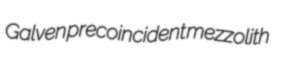
Galven precoincident mezzolith